38_143685_box_Incident_Summaries_173-233
Agency: Department of War
Page 93
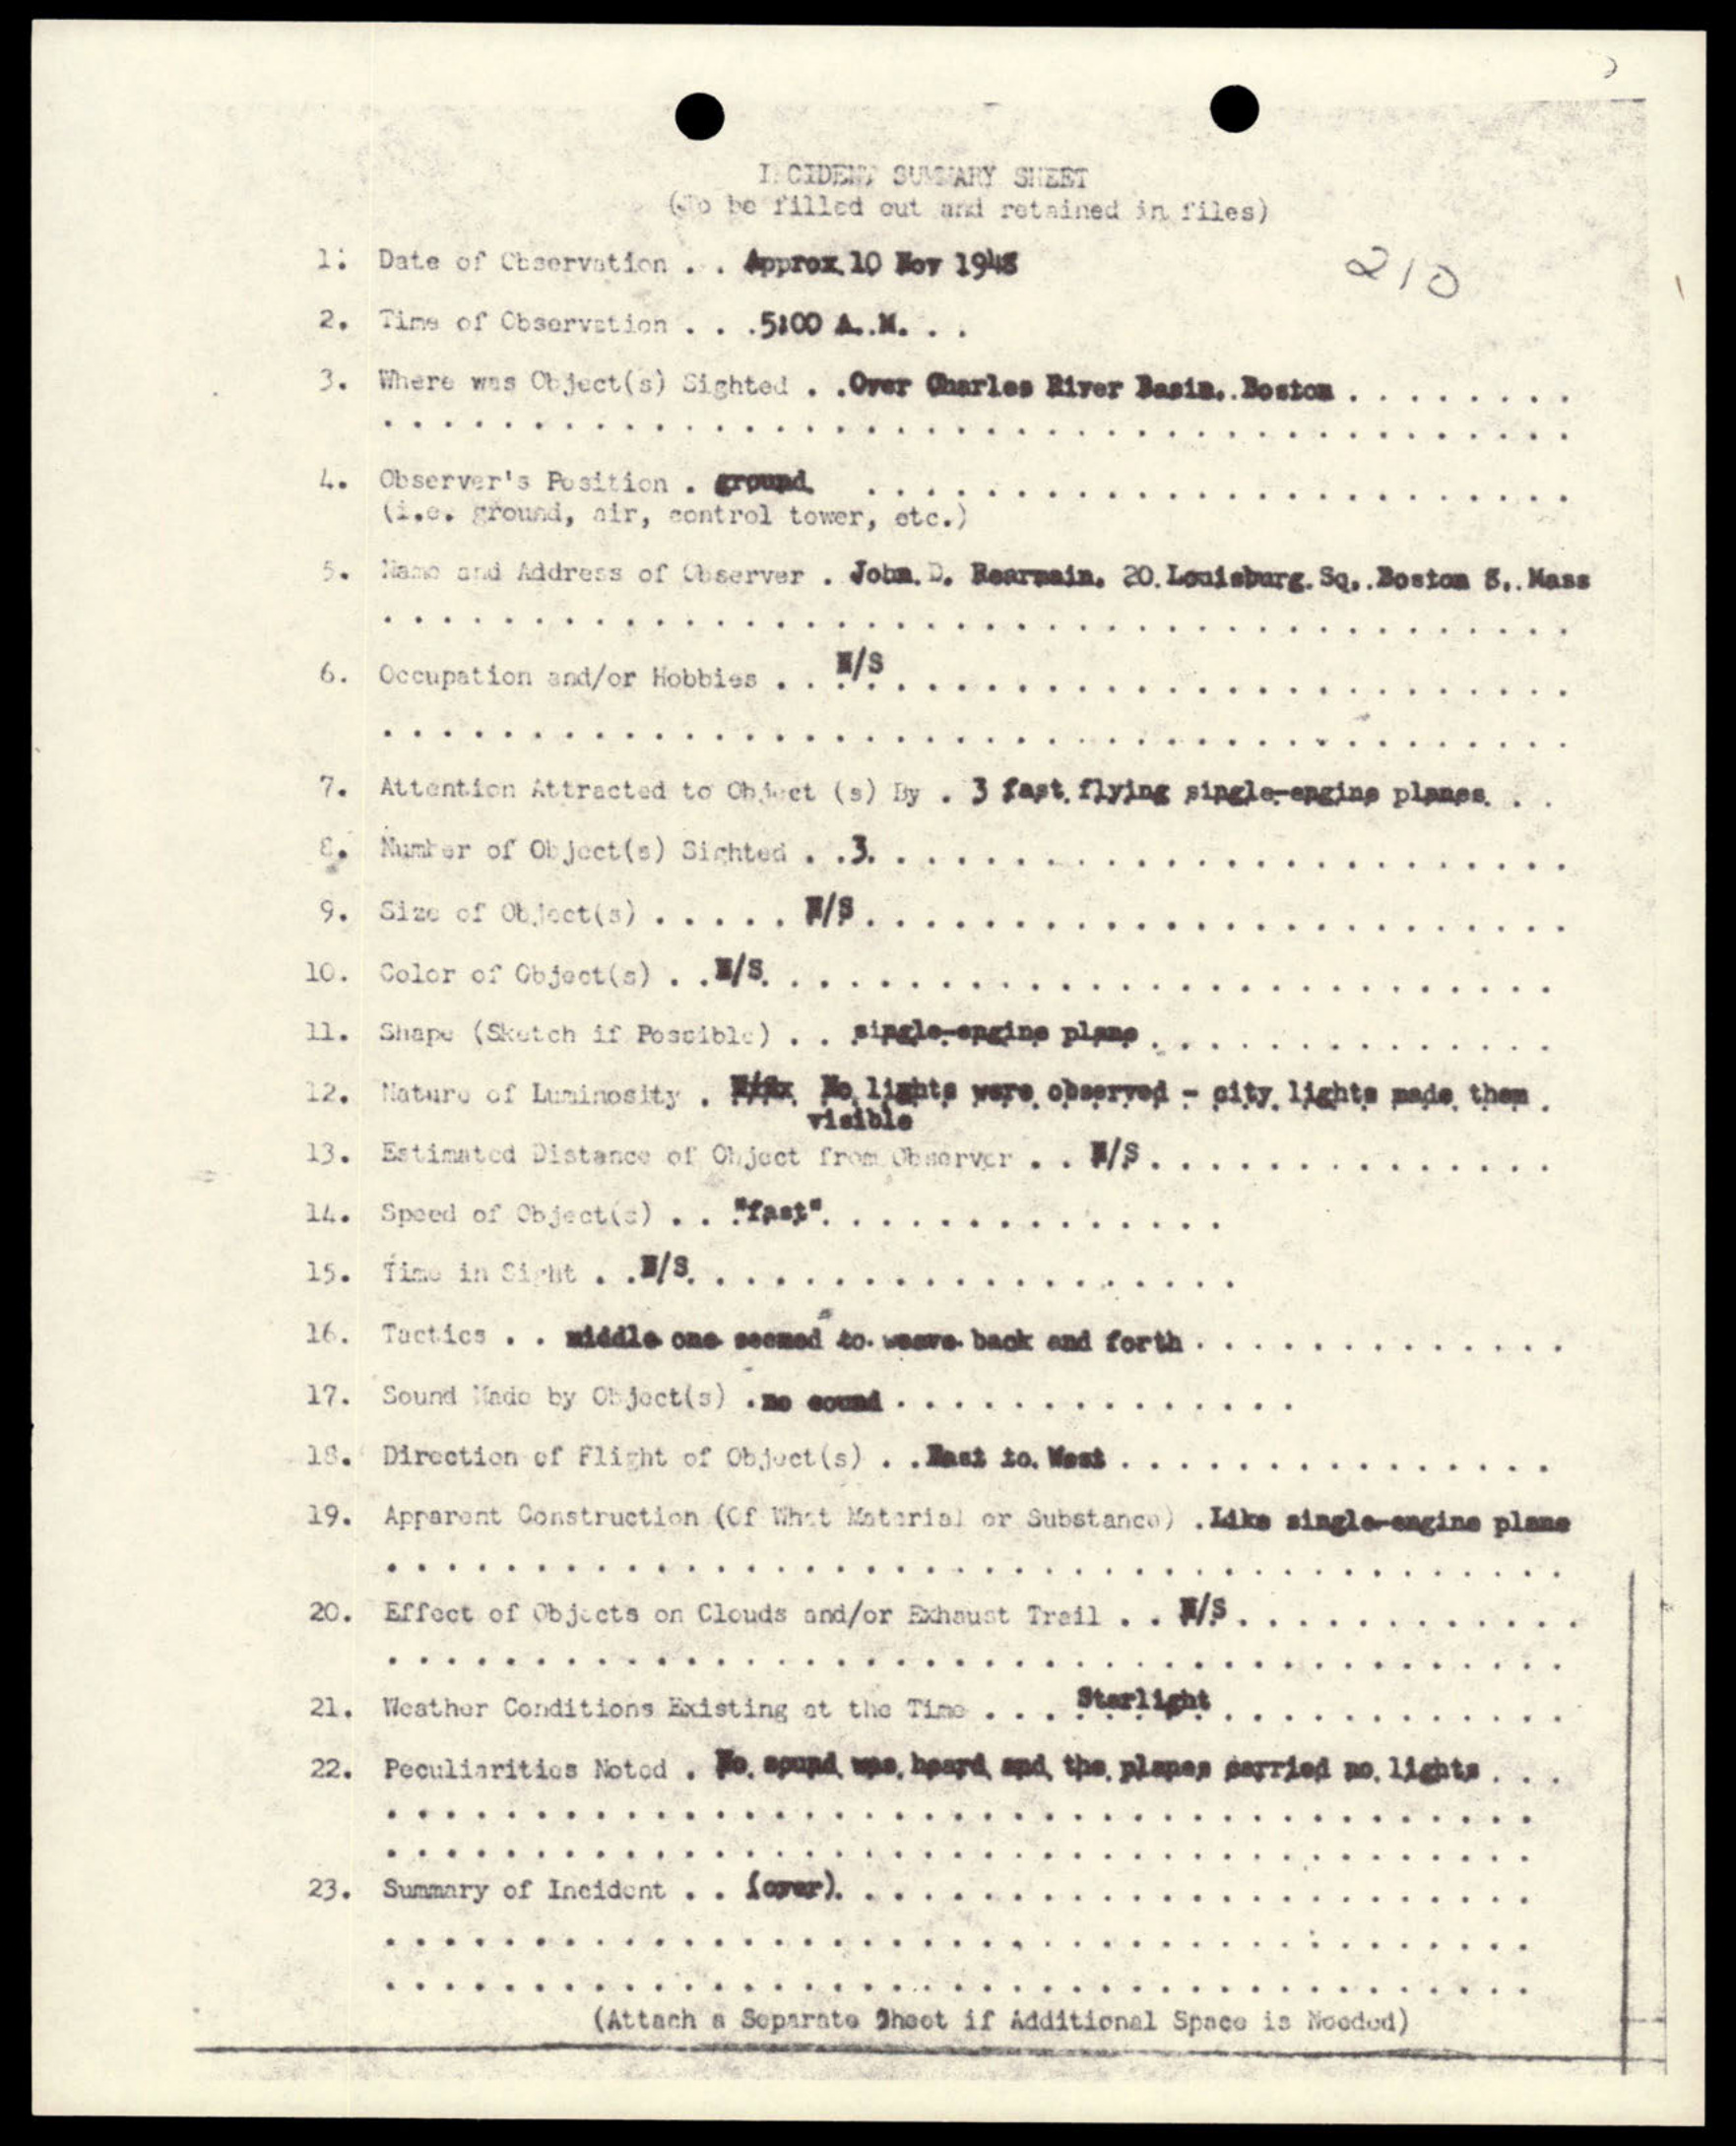